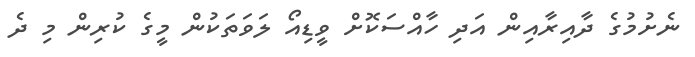
ނެށުމުގެ ދާއިރާއިން އަދި ހާއްސަކޮށް ވީޑިއޯ ލަވަތަކުން މީގެ ކުރިން މި ދެ